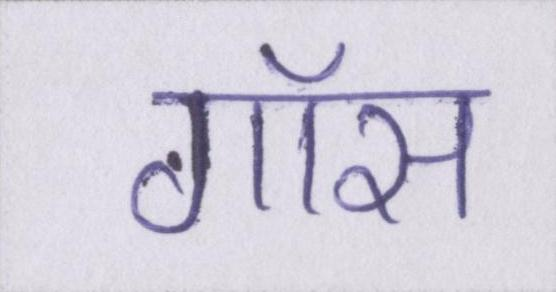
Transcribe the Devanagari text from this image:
गॉस